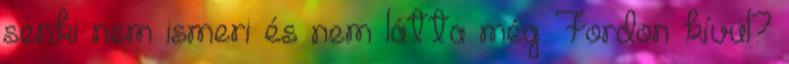
senki nem ismeri és nem látta még Fordon kívül?